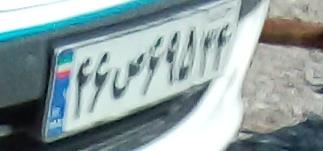
۴۶ص۶۹۵۳۴